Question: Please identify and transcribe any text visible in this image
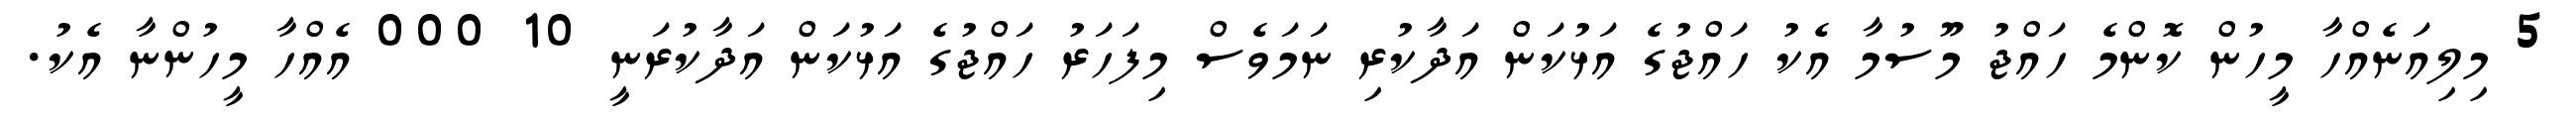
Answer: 5 މިލިއަނެއްހާ މީހުން ކޮންމެ ހައްޖު މޫސުމާ އެކު ހައްޖުގެ އަޅުކަން އަދާކުރި ނަމަވެސް މިފަހަރު ހައްޖުގެ އަޅުކަން އަދާކުރަނީ 10 000 އެއްހާ މީހުންނާ އެކު.